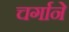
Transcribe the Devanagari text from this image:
चर्गाने